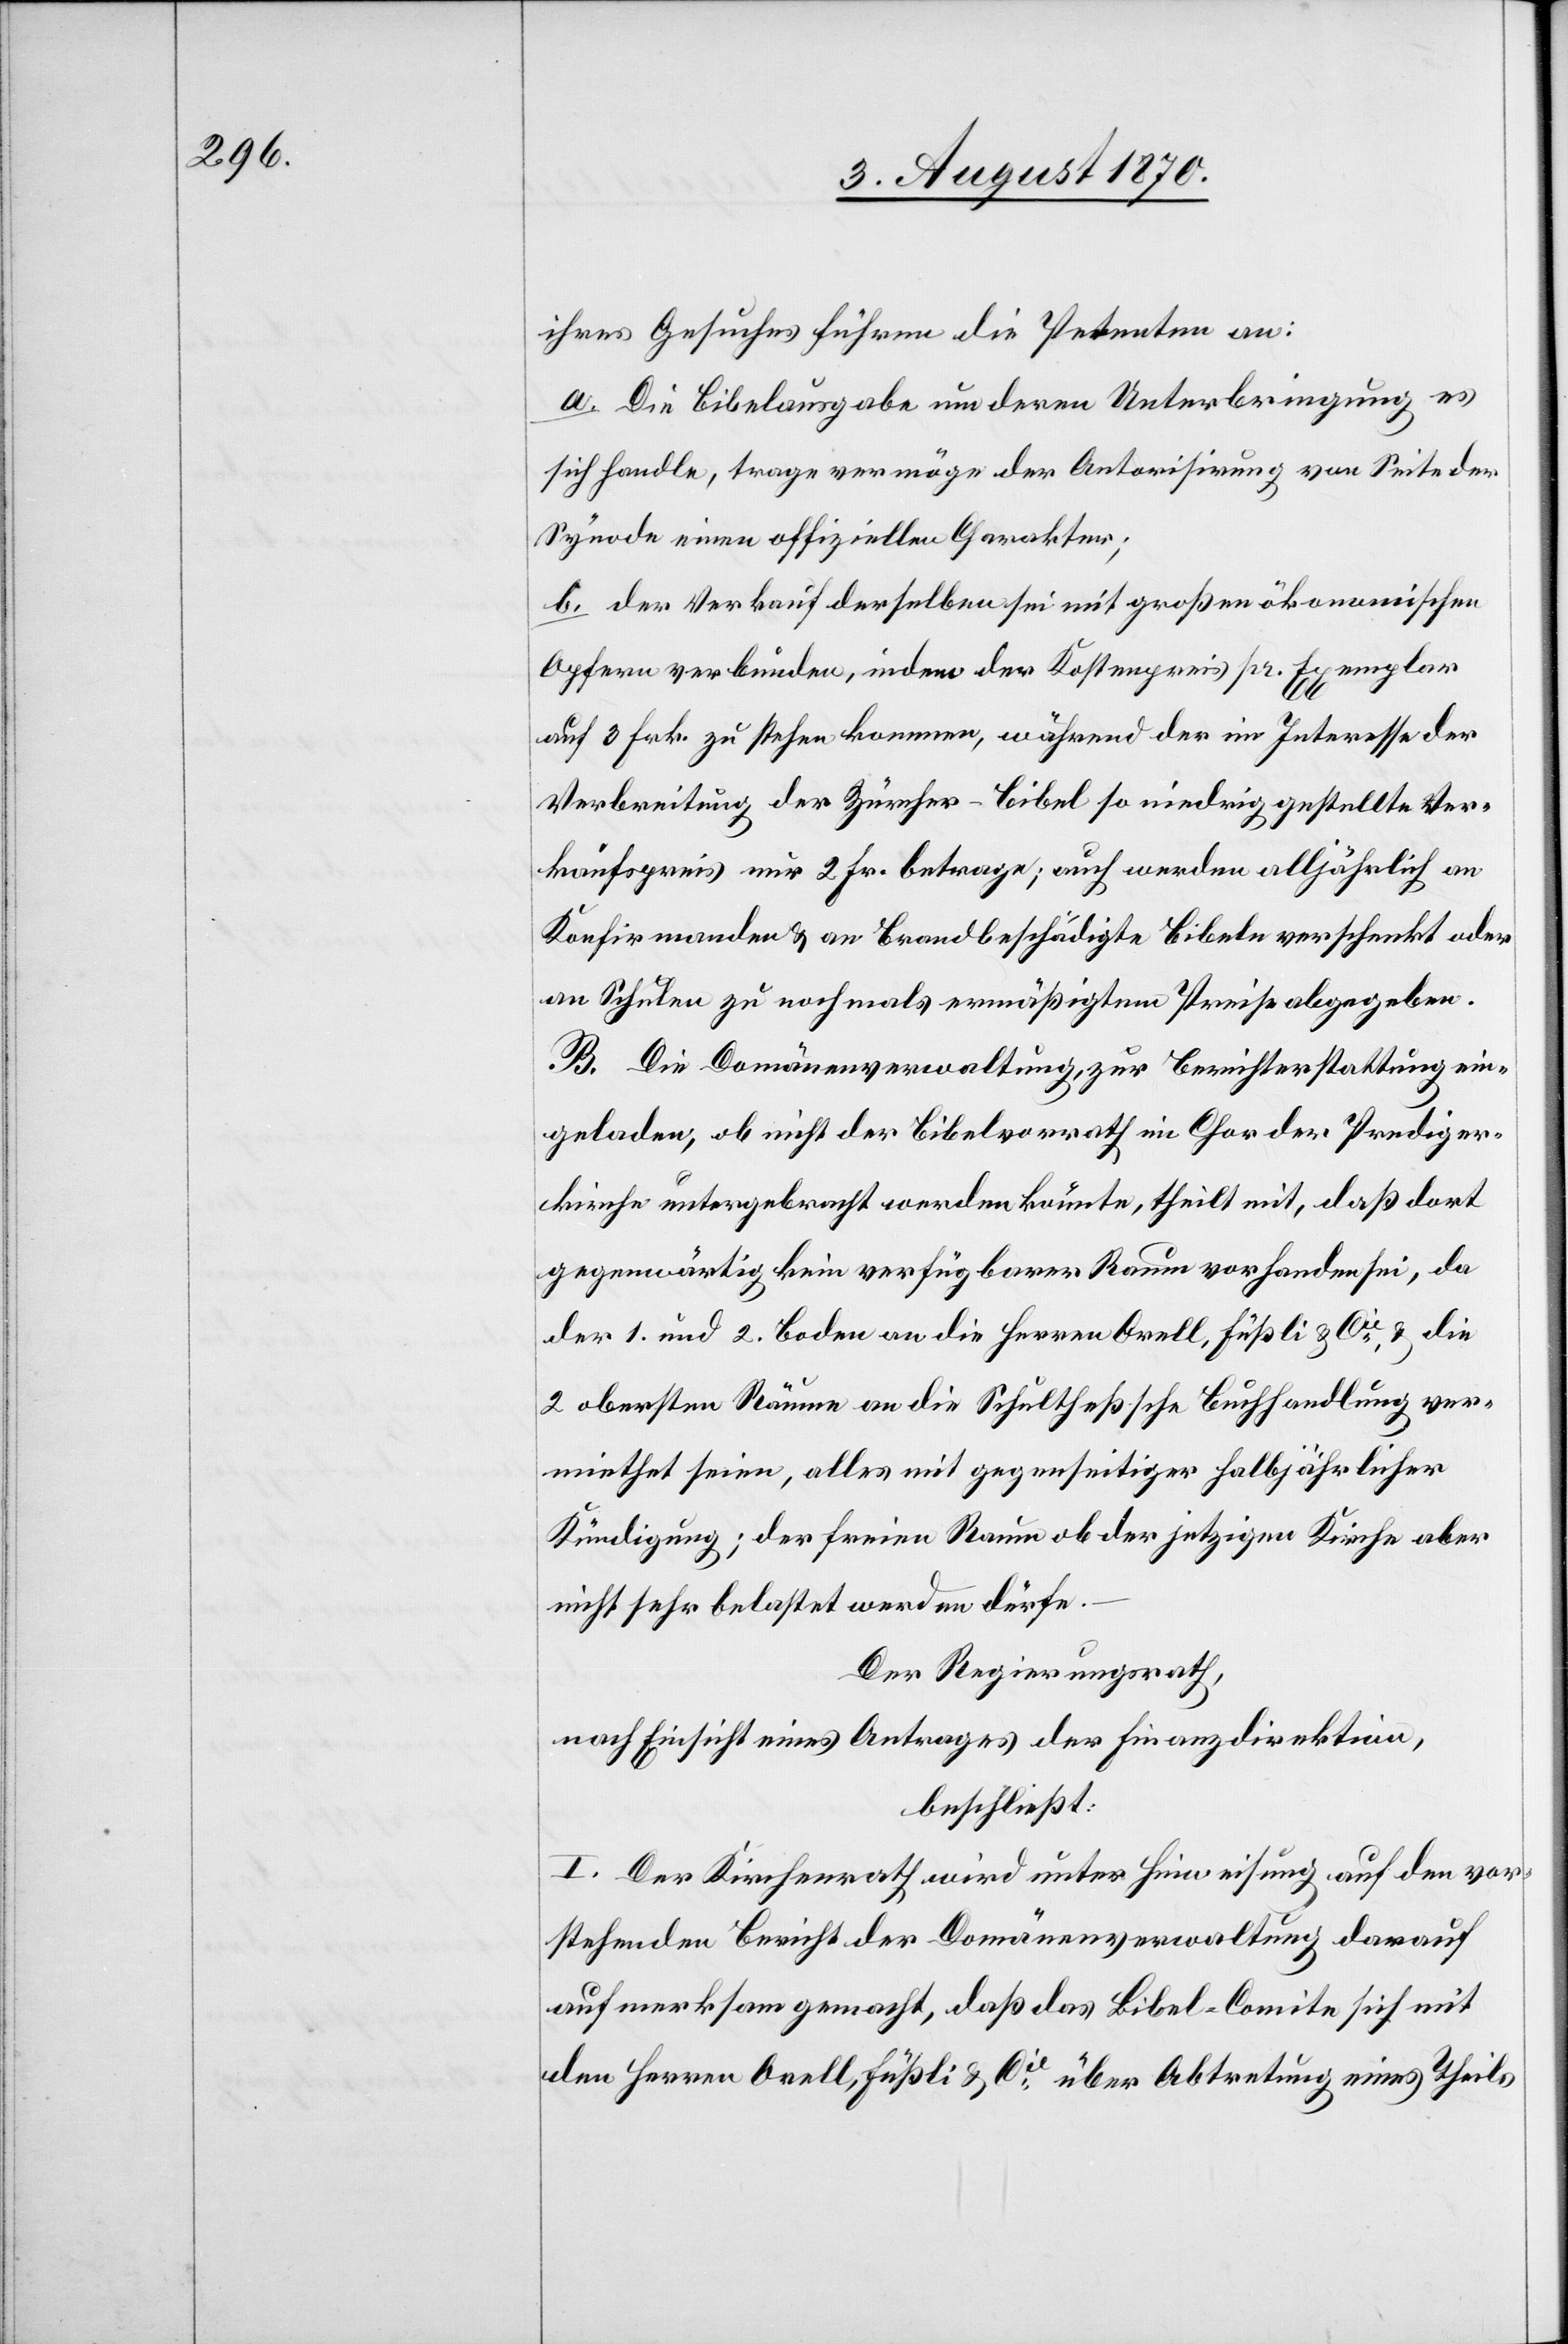
ihres Gesuches führen die Petenten an:
a. Die Bibelausgabe um deren Unterbringung es
sich handle, trage vermöge der Antorisirung [recte:
Synode einen offiziellen Charakter;
b. der Verkauf derselben sei mit großen ökonomischen
Opfern verbunden, indem der Kostenpreis pr. Exemplar
auf 3 Frk. zu stehen kommen [sic!], während der im Interesse der
Verbreitung der Zürcher-Bibel so niedrig gestellte Ver¬
kaufspreis nur 2 Fr. betrage; auch werden alljährlich an
Konfirmanden & an Brandbeschädigte Bibeln verschenkt oder
an Schulen zu nochmals ermäßigtem Preise abgegeben.
B. Die Domänenverwaltung, zur Berichterstattung ein¬
geladen, ob nicht der Bibelvorrath im Chor der Prediger¬
kirche untergebracht werden könnte, theilt mit, daß dort
gegenwärtig kein verfügbarer Raum vorhanden sei, da
der 1. und 2. Boden an die Herren Orell, Füßli & Cie & die
2 obersten Räume an die Schultheßsche Buchhandlung ver¬
miethet seien, alles mit gegenseitiger halbjährlicher
Kündigung; der freie Raum ob der jetzigen Kirche aber
nicht sehr belastet werden dürfe.
Der Regierungsrath,
nach Einsicht eines Antrages der Finanzdirektion,
beschließt:
I. Der Kirchenrath wird unter Hinweisung auf den vor¬
stehenden Bericht der Domänenverwaltung darauf
aufmerksam gemacht, daß das Bibel-Comite sich mit
den Herren Orell, Füßli & Cie über Abtretung eines Theils